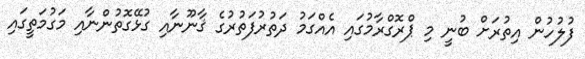
ފުލުހުން އިތުރަށް ބުނީ މި ޕްރޮގްރާމުގައި އެއްގަމު ދަތުރުފަތުރުގެ ޤާނޫނާއި ގުޅޭގޮތުންނާއި މަގުމަތީގައި